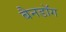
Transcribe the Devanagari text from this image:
बैनडॉग